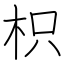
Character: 枳